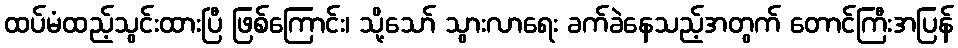
ထပ်မံထည့်သွင်းထားပြီ ဖြစ်ကြောင်း၊ သို့သော် သွားလာရေး ခက်ခဲနေသည့်အတွက် တောင်ကြီးအပြန်